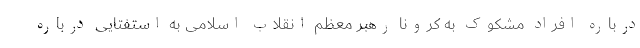
درباره افراد مشکوک به کرونا رهبر معظم انقلاب اسلامی به استفتایی درباره